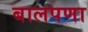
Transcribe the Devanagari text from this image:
बालपणा